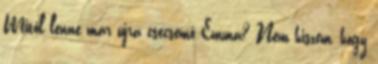
Mitől lenne már újra csecsemő Emma? Nem hiszem, hogy